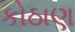
કોઠાણ